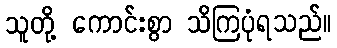
သူတို့ ကောင်းစွာ သိကြပုံရသည်။